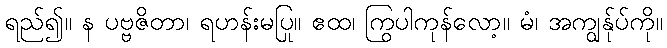
ရည်၍။ န ပဗ္ဗဇိတာ၊ ရဟန်းမပြု။ ဧထ၊ ကြွပါကုန်လော့။ မံ၊ အကျွန်ုပ်ကို။